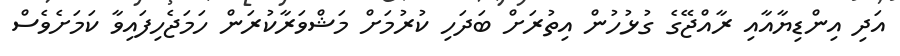
އަދި އިންޑިޔާއާއި ރާއްޖޭގެ ގުޅުހުން އިތުރަށް ބަދަހި ކުރުމަށް މަޝްވަރާކުރަން ހަމަޖެހިފައިވާ ކަމަށެވެސް